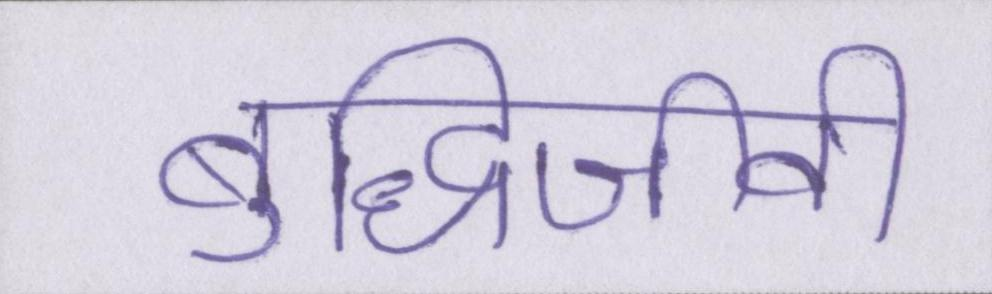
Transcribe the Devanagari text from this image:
बुद्धिजीवी